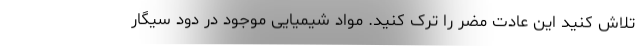
تلاش کنید این عادت مضر را ترک کنید. مواد شیمیایی موجود در دود سیگار